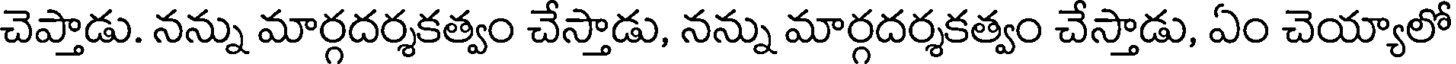
చెప్తాడు. నన్ను మార్గదర్శకత్వం చేస్తాడు, నన్ను మార్గదర్శకత్వం చేస్తాడు, ఏం చెయ్యాలో